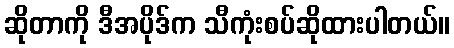
ဆိုတာကို ဒီအပိုဒ်က သီကုံးစပ်ဆိုထားပါတယ်။